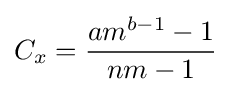
C_{x}={\frac {am^{b-1}-1}{nm-1}}